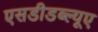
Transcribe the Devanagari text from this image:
एसडीडब्ल्यूए